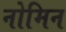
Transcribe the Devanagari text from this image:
नोमिन